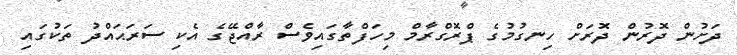
ދަށުން ދޮރުން ދޮރަށް ހިނގުމުގެ ޕްރޮގްރާމް މިހަފްތާގައިވެސް ރާއްޖޭގެ އެކި ސަރަޙައްދު ތަކުގައި